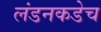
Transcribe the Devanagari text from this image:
लंडनकडेच